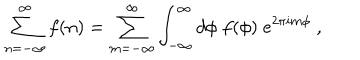
\sum _ { n = - \infty } ^ { \infty } f ( n ) = \sum _ { m = - \infty } ^ { \infty } \int _ { - \infty } ^ { \infty } d \phi \; f ( \phi ) \; e ^ { 2 \pi i m \phi } ~ ,